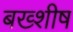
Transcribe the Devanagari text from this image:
बख्शीष